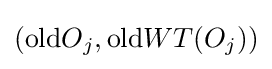
(\mathrm {old} O_{j},\mathrm {old} WT(O_{j}))